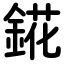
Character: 錵